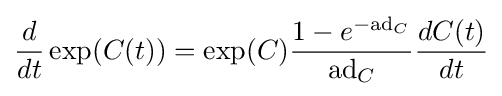
{\frac {d}{dt}}\exp(C(t))=\exp(C){\frac {1-e^{-\mathrm {ad} _{C}}}{\mathrm {ad} _{C}}}{\frac {dC(t)}{dt}}